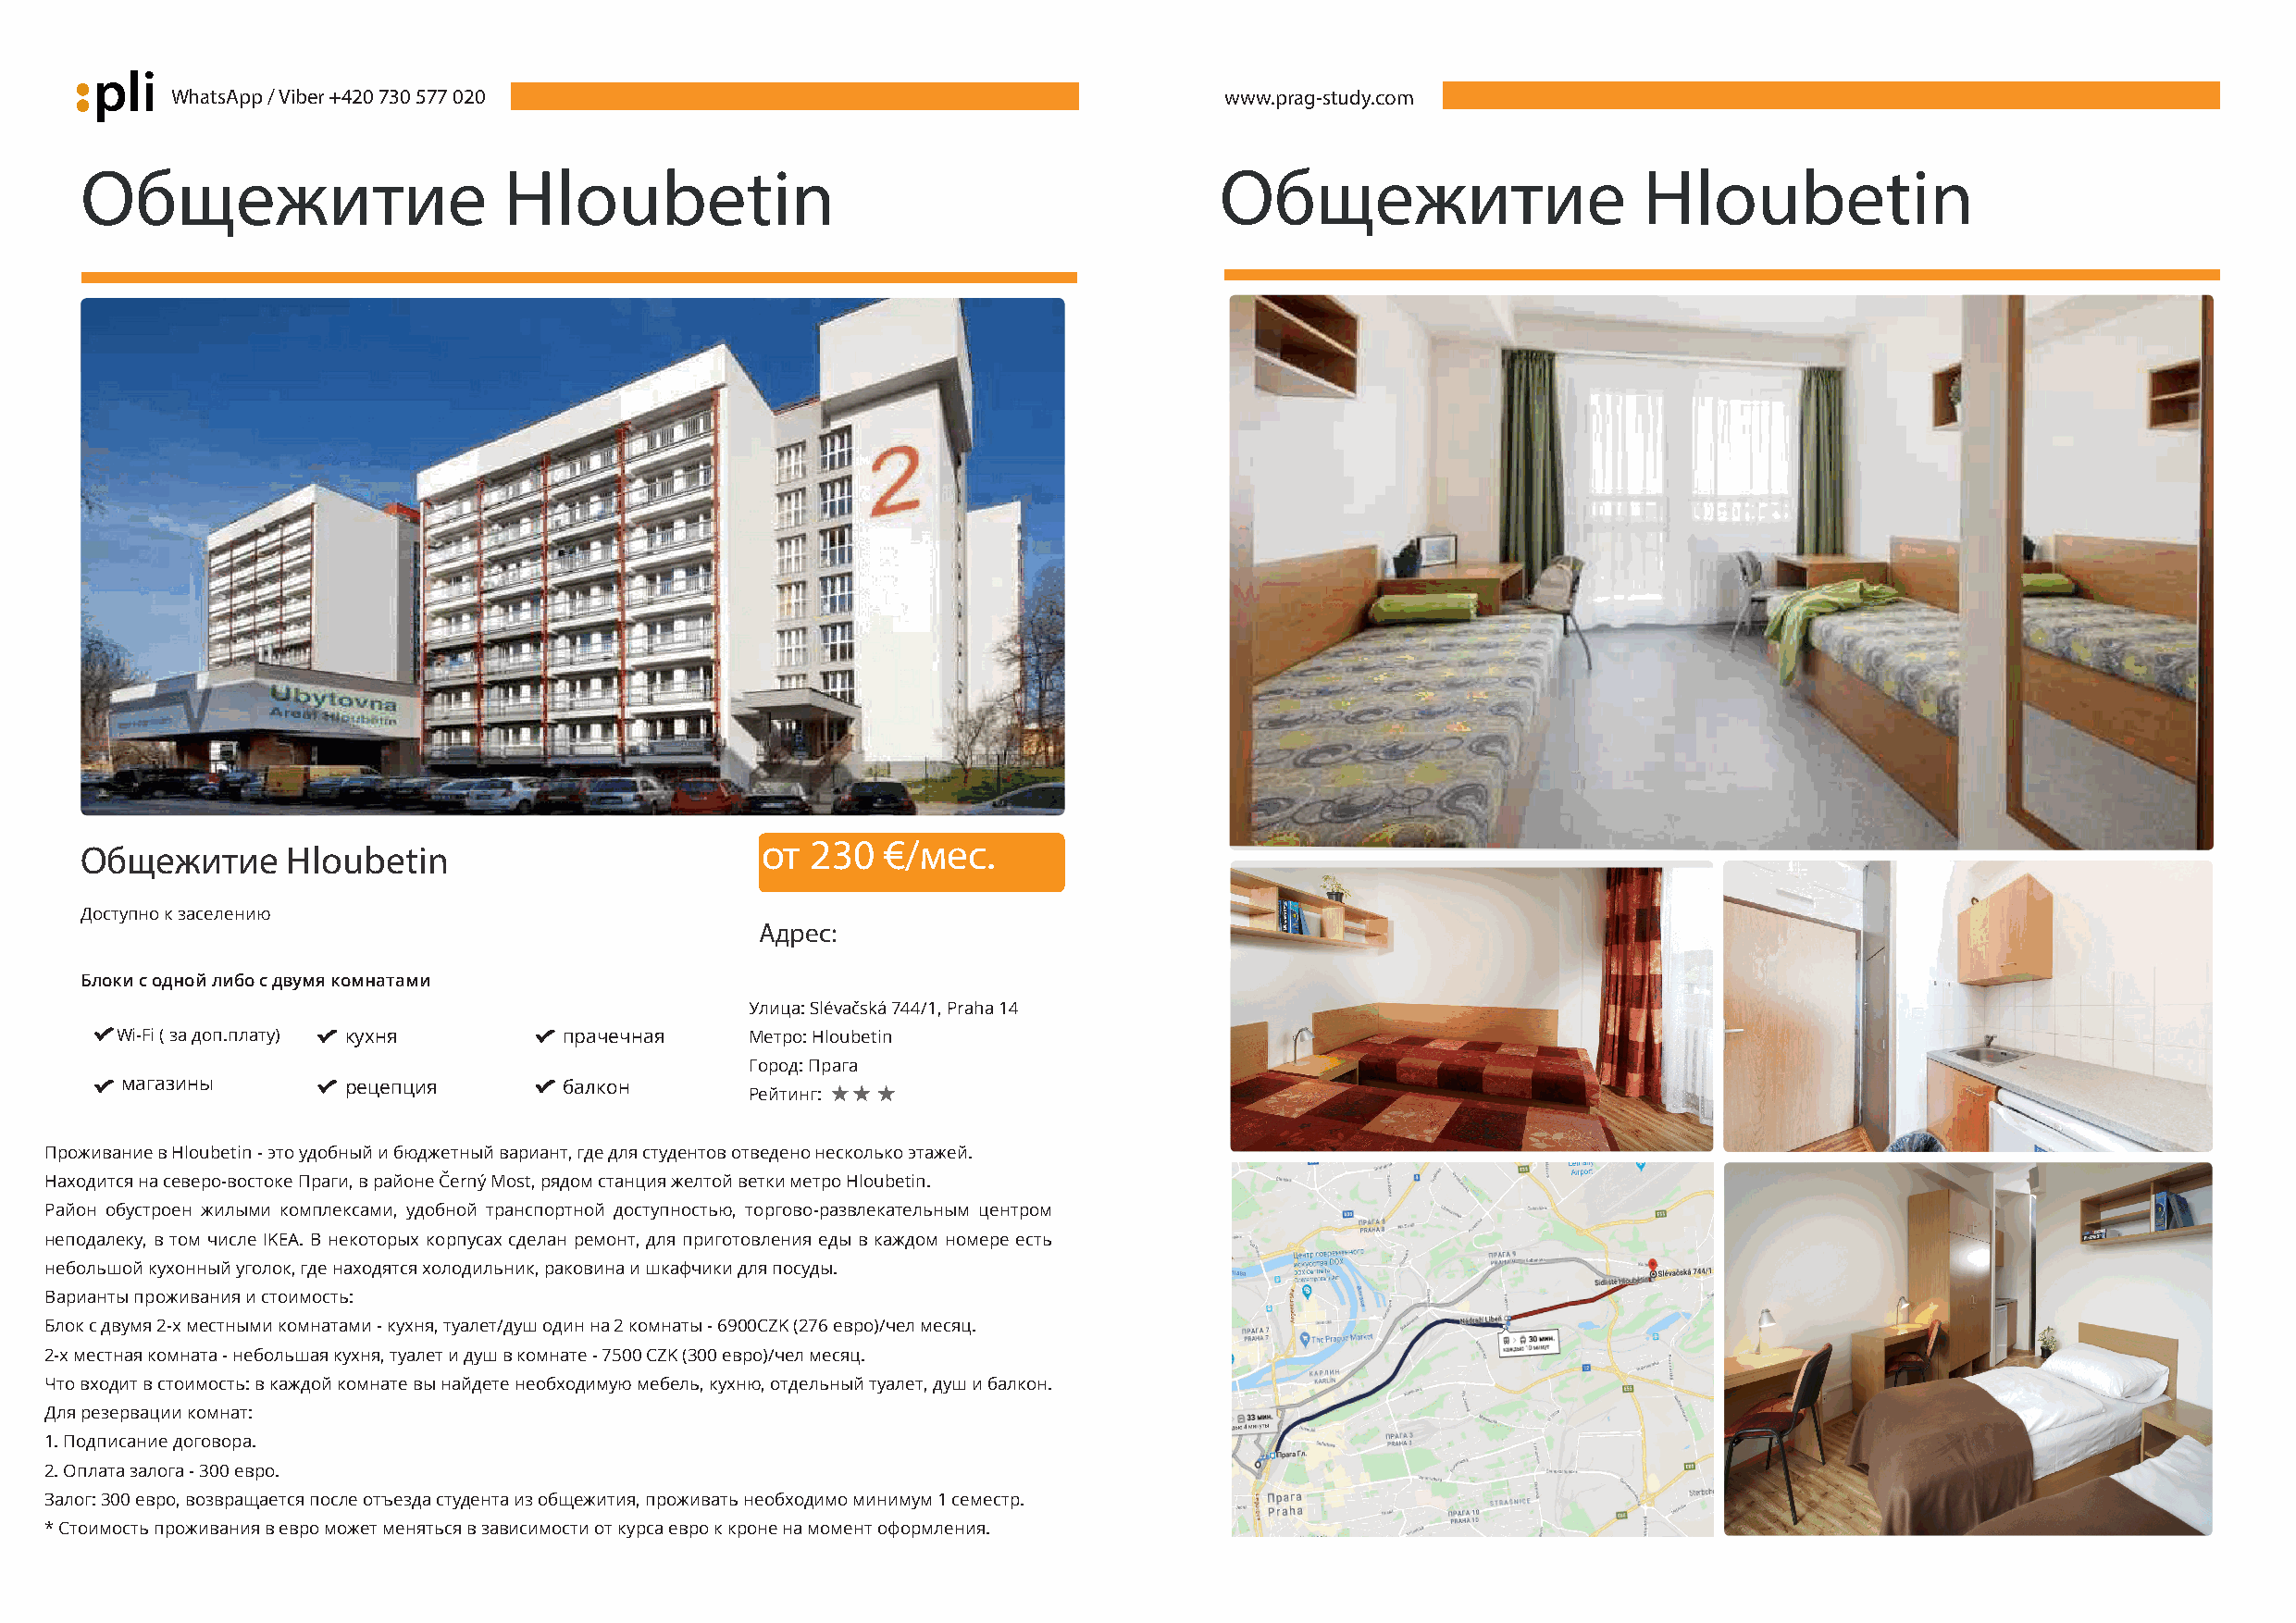
pli
 WhatsApp / Viber +420 730 577 020                                           www.prag-study.com
 Общежитие                     Hloubetin                                          Общежитие                     Hloubetin
 от  230  €/мес.
 Общежитие      Hloubetin
 Доступно к заселению
 Адрес:
 Блоки с одной либо с двумя комнатами
 Улица: Slévačská 744/1, Praha 14
 Wi-Fi ( за доп.плату) кухня     прачечная     Метро: Hloubetin
 Город: Прага
 магазины        рецепция       балкон
 Рейтинг:
 Проживание в Hloubetin - это удобный и бюджетный вариант, где для студентов отведено несколько этажей.
 Находится на северо-востоке Праги, в районе Černý Most, рядом станция желтой ветки метро Hloubetin.
 Район обустроен жилыми комплексами, удобной транспортной доступностью, торгово-развлекательным центром
 неподалеку, в том числе IKEA. В некоторых корпусах сделан ремонт, для приготовления еды в каждом номере есть
 небольшой кухонный уголок, где находятся холодильник, раковина и шкафчики для посуды.
 Варианты проживания и стоимость:
 Блок с двумя 2-х местными комнатами - кухня, туалет/душ один на 2 комнаты - 6900CZK (276 евро)/чел месяц.
 2-х местная комната - небольшая кухня, туалет и душ в комнате - 7500 CZK (300 евро)/чел месяц.
 Что входит в стоимость: в каждой комнате вы найдете необходимую мебель, кухню, отдельный туалет, душ и балкон.
 Для резервации комнат:
 1. Подписание договора.
 2. Оплата залога - 300 евро.
 Залог: 300 евро, возвращается после отъезда студента из общежития, проживать необходимо минимум 1 семестр.
 * Стоимость проживания в евро может меняться в зависимости от курса евро к кроне на момент оформления.